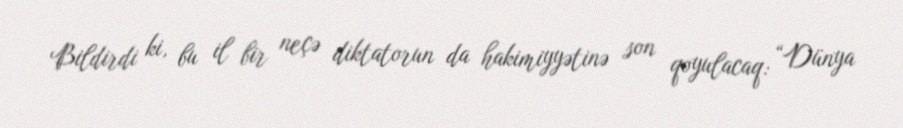
Bildirdi ki, bu il bir neçə diktatorun da hakimiyyətinə son qoyulacaq: “Dünya